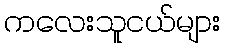
ကလေးသူငယ်များ